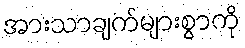
အားသာချက်များစွာကို